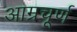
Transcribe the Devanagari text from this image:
आम्रचूर्ण